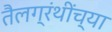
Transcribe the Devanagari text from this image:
तैलग्रंथींच्या